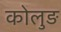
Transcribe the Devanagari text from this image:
कोलुङ